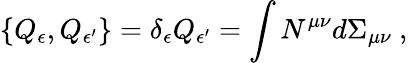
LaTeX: \{ Q_{\epsilon},Q_{\epsilon^{\prime}}\} =\delta_{\epsilon}Q_{\epsilon^{\prime}}=\int N^{\mu\nu}d\Sigma_{\mu\nu}\ ,